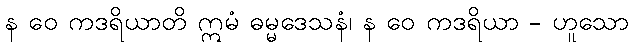
န ဝေ ကဒရိယာတိ ဣမံ ဓမ္မဒေသနံ၊ န ဝေ ကဒရိယာ - ဟူသော